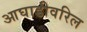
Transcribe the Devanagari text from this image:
आघाडीवरिल